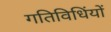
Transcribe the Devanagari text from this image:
गतिविधिंयों